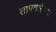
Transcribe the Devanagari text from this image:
तापवलेल्या